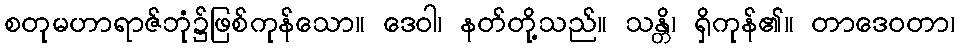
စတုမဟာရာဇ်ဘုံ၌ဖြစ်ကုန်သော။ ဒေဝါ၊ နတ်တို့သည်။ သန္တိ၊ ရှိကုန်၏။ တာဒေဝတာ၊